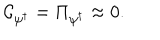
LaTeX: { \cal C } _ { \psi ^ { \dagger } } = \Pi _ { \psi ^ { \dagger } } \approx 0 .